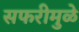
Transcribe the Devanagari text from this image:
सफरीमुळे